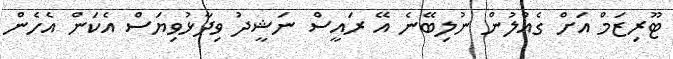
ޓޫރިޒަމް އަށް ގެއްލުން ނުލިބޭނެ އޭ ރައީސް ނަޝީދު ވިދާޅުވިޔަސް އެކަން އެހެން